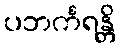
ပဘင်္ကရန္တိ